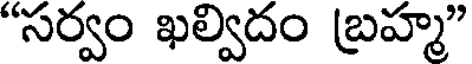
"సర్వం ఖల్విదం బ్రహ్మ"